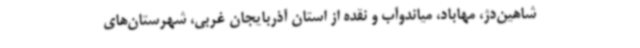
شاهین‌دژ، مهاباد، میاندوآب و نقده از استان آذربایجان غربی، شهرستان‌های